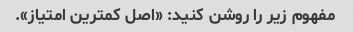
مفهوم زیر را روشن کنید: «اصل کمترین امتیاز».